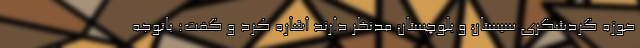
حوزه گردشگری سیستان و بلوچستان مدنظر دارند اشاره کرد و گفت: باتوجه